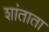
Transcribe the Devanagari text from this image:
शांताता